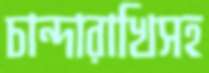
চান্দারাখিসহ